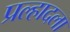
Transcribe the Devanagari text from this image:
प्रल्हादला